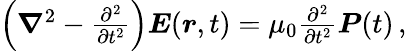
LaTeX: \begin{array}{r}{\left(\boldsymbol{\nabla}^{2}-\frac{\partial^{2}}{\partial t^{2}}\right)\boldsymbol{E}(\boldsymbol{r},t)=\mu_{0}\frac{\partial^{2}}{\partial t^{2}}\boldsymbol{P}(t)\, ,}\end{array}